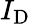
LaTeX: I_{\mathrm{D}}